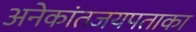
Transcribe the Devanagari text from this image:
अनेकांतजयपताका